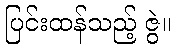
ပြင်းထန်သည့် ဇွဲ။